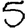
Digit: 5